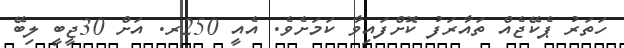
ހަތަރު ޕެކޭޖެއް ތައާރަފު ކޮށްފައިވާ ކަމަށެވެ. އެއީ 250ރ. އަށް 30ޖީބީ ލިބޭ